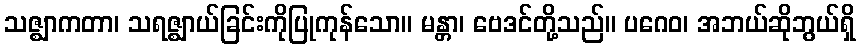
သဇ္ဈာကတာ၊ သရဇ္ဈာယ်ခြင်းကိုပြုကုန်သော။ မန္တာ၊ ဗေဒင်တို့သည်။ ပဂေဝ၊ အဘယ်ဆိုဘွယ်ရှိ